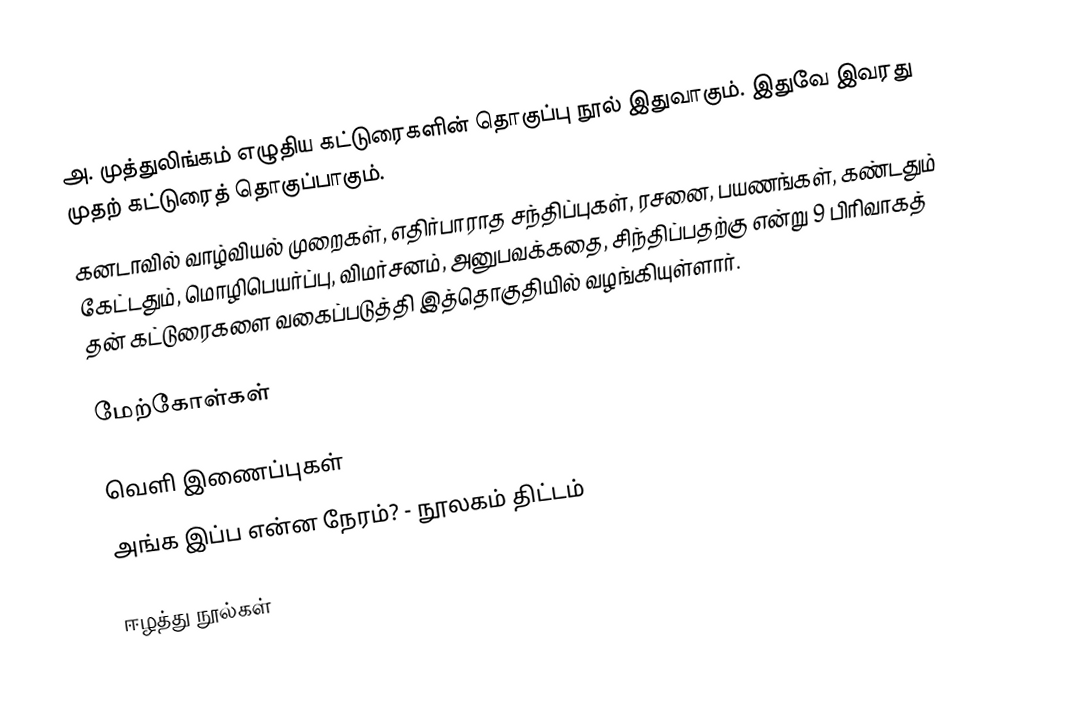
அ. முத்துலிங்கம் எழுதிய கட்டுரைகளின் தொகுப்பு நூல் இதுவாகும். இதுவே இவரது முதற் கட்டுரைத் தொகுப்பாகும்.
கனடாவில் வாழ்வியல் முறைகள், எதிர்பாராத சந்திப்புகள், ரசனை, பயணங்கள், கண்டதும் கேட்டதும், மொழிபெயர்ப்பு, விமர்சனம், அனுபவக்கதை, சிந்திப்பதற்கு என்று 9 பிரிவாகத் தன் கட்டுரைகளை வகைப்படுத்தி இத்தொகுதியில் வழங்கியுள்ளார்.

மேற்கோள்கள்

வெளி இணைப்புகள்
 அங்க இப்ப என்ன நேரம்?  - நூலகம் திட்டம்

ஈழத்து நூல்கள்